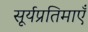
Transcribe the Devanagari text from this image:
सूर्यप्रतिमाएँ